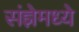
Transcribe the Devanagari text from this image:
संज्ञेमध्ये